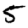
Digit: 5